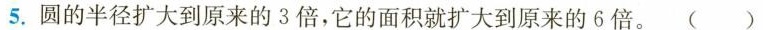
5.圆的半径扩大到原来的3倍，它的面积就扩大到原来的6倍。()